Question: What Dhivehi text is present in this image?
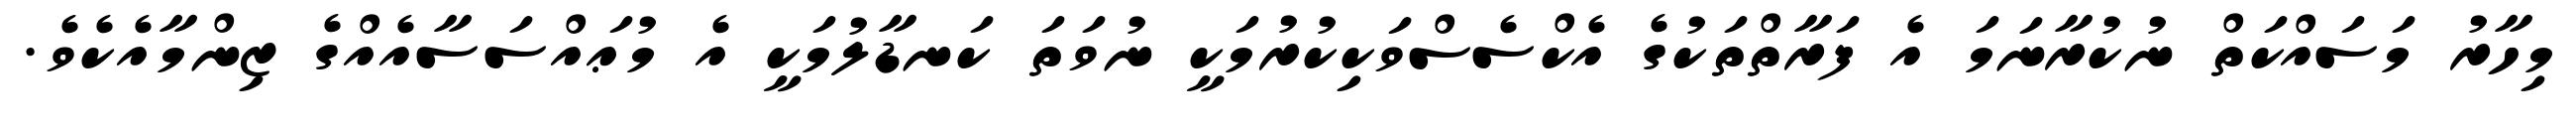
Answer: މިހާރު މަސައްކަތް ނުކުރާނަމަ އެ ފަރާތްތަކުގެ އެކްސެސްވަކިކުރުމަކީ ނުވަތަ ކަނޑާލުމަކީ އެ މުޢައްސަސާއެއްގެ ޒިންމާއެކެވެ.